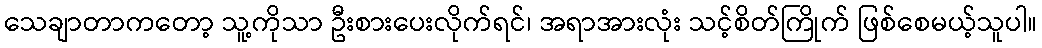
သေချာတာကတော့ သူ့ကိုသာ ဦးစားပေးလိုက်ရင်၊ အရာအားလုံး သင့်စိတ်ကြိုက် ဖြစ်စေမယ့်သူပါ။